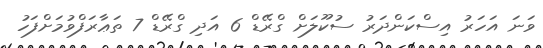
ވަނަ އަހަރު އިސްކަންދަރު ސުކޫލަށް ގްރޭޑް 6 އަދި ގްރޭޑް 7 ތަޢާރަފްވުމަށްފަހު